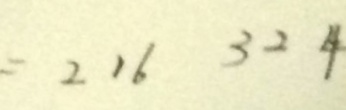
= 2 1 6 3 2 4